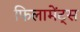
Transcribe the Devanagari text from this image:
फिलामेंट्स